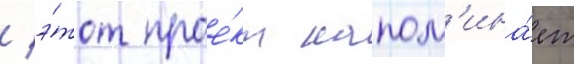
/ э́тот прое́кт напом'ина́ет